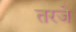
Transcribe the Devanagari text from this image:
तरजे